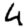
Digit: 4